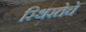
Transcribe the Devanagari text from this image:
स्थिरतेचे